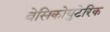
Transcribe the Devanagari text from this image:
वेसिकोयुटेरिक